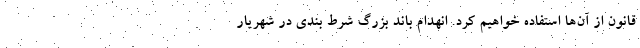
قانون از آن‌ها استفاده خواهیم کرد. انهدام باند بزرگ شرط بندی در شهریار